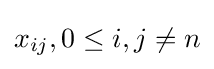
x_{ij},0\leq i,j\neq n